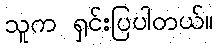
သူက ရှင်းပြပါတယ်။